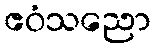
ဧဝံသညော